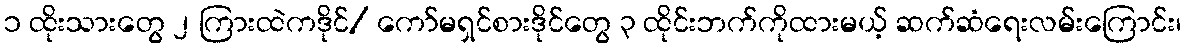
၁ ထိုးသားတွေ ၂ ကြားထဲကဒိုင်/ ကော်မရှင်စားဒိုင်တွေ ၃ ထိုင်းဘက်ကိုထားမယ့် ဆက်ဆံရေးလမ်းကြောင်း၊